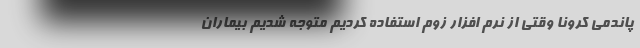
پاندمی کرونا وقتی از نرم افزار زوم استفاده کردیم متوجه شدیم بیماران